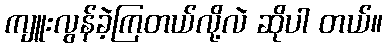
ကျူးလွန်ခဲ့ကြတယ်လို့လဲ ဆိုပါ တယ်။